Indian journal of veterinary science and animal husbandry - Volumes 22-23, 1952-1953
Year: 1952
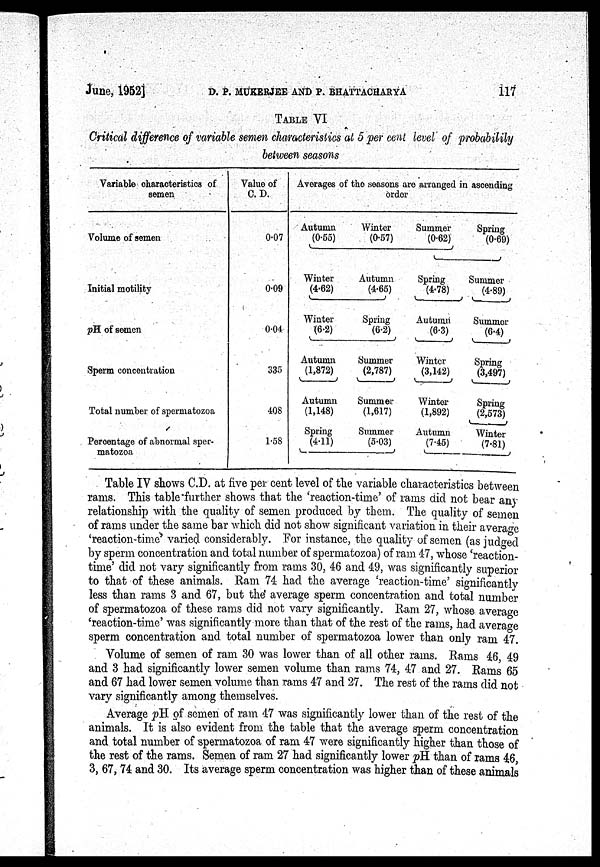
June, 1952]
D. P. MUKERJEE AND P. BHATTACHARYA
117
TABLE VI
Critical difference of variable semen characteristics at 5 per cent level of probability
between seasons
Variable characteristics of
semen
Volume of semen
Initial motility
pH of semen
Sperm concentration
Total number of spermatozoa
Percentage of abnormal sper-
matozoa
Value of
C.D.
0.07
0.09
0.04
335
408
1.58
Averages of the seasons are arranged in ascending
order
Autumn
(0.55)
Winter
(4.62)
Winter
(6.2)
Autumn
(1,872)
Autumn
(1,148)
Spring
(4.11)
Winter
(0.57)
Autumn
(4.65)
Spring
(6.2)
Summer
(2,787)
Summer
(1,617)
Summer
(5.03)
Summer
(0.62)
Spring
(4.78)
Autumn
(6.3)
Winter
(3,142)
Winter
(1,892)
Autumn
(7.45)
Spring
(0.69)
Summer
(4.89)
Summer
(6.4)
Spring
(3,497)
Spring
(2,573)
Winter
(7.81)
Table IV shows C.D. at five per cent level of the variable characteristics between
rams. This table "further shows that the 'reaction-time' of rams did not bear any
relationship with the quality of semen produced by them. The quality of semen
of rams under the same bar which did not show significant variation in their average
'reaction-time' varied considerably. For instance, the quality of semen (as judged
by sperm concentration and total number of spermatozoa) of ram 47, whose 'reaction-
time' did not vary significantly from rams 30, 46 and 49, was significantly superior
to that of these animals. Ram 74 had the average 'reaction-time' significantly
less than rams 3 and 67, but the' average sperm concentration and total number
of spermatozoa of these rams did not vary significantly. Ram 27, whose average
'reaction-time' was significantly more than that of the rest of the rams, had average
sperm concentration and total number of spermatozoa lower than only ram 47.
Volume of semen of ram 30 was lower than of all other rams. Rams 46, 49
and 3 had significantly lower semen volume than rams 74, 47 and 27. Rams 65
and 67 had lower semen volume than rams 47 and 27. The rest of the rams did not
vary significantly among themselves.
Average pH of semen of ram 47 was significantly lower than of the rest of the
animals. It is also evident from the table that the average sperm concentration
and total number of spermatozoa of ram 47 were significantly higher than those of
the rest of the rams. Semen of ram 27 had significantly lower pH than of rams 46,
3, 67, 74 and 30. Its average sperm concentration was higher than of these animals